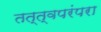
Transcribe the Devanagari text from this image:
तत्त्वपरंपरा